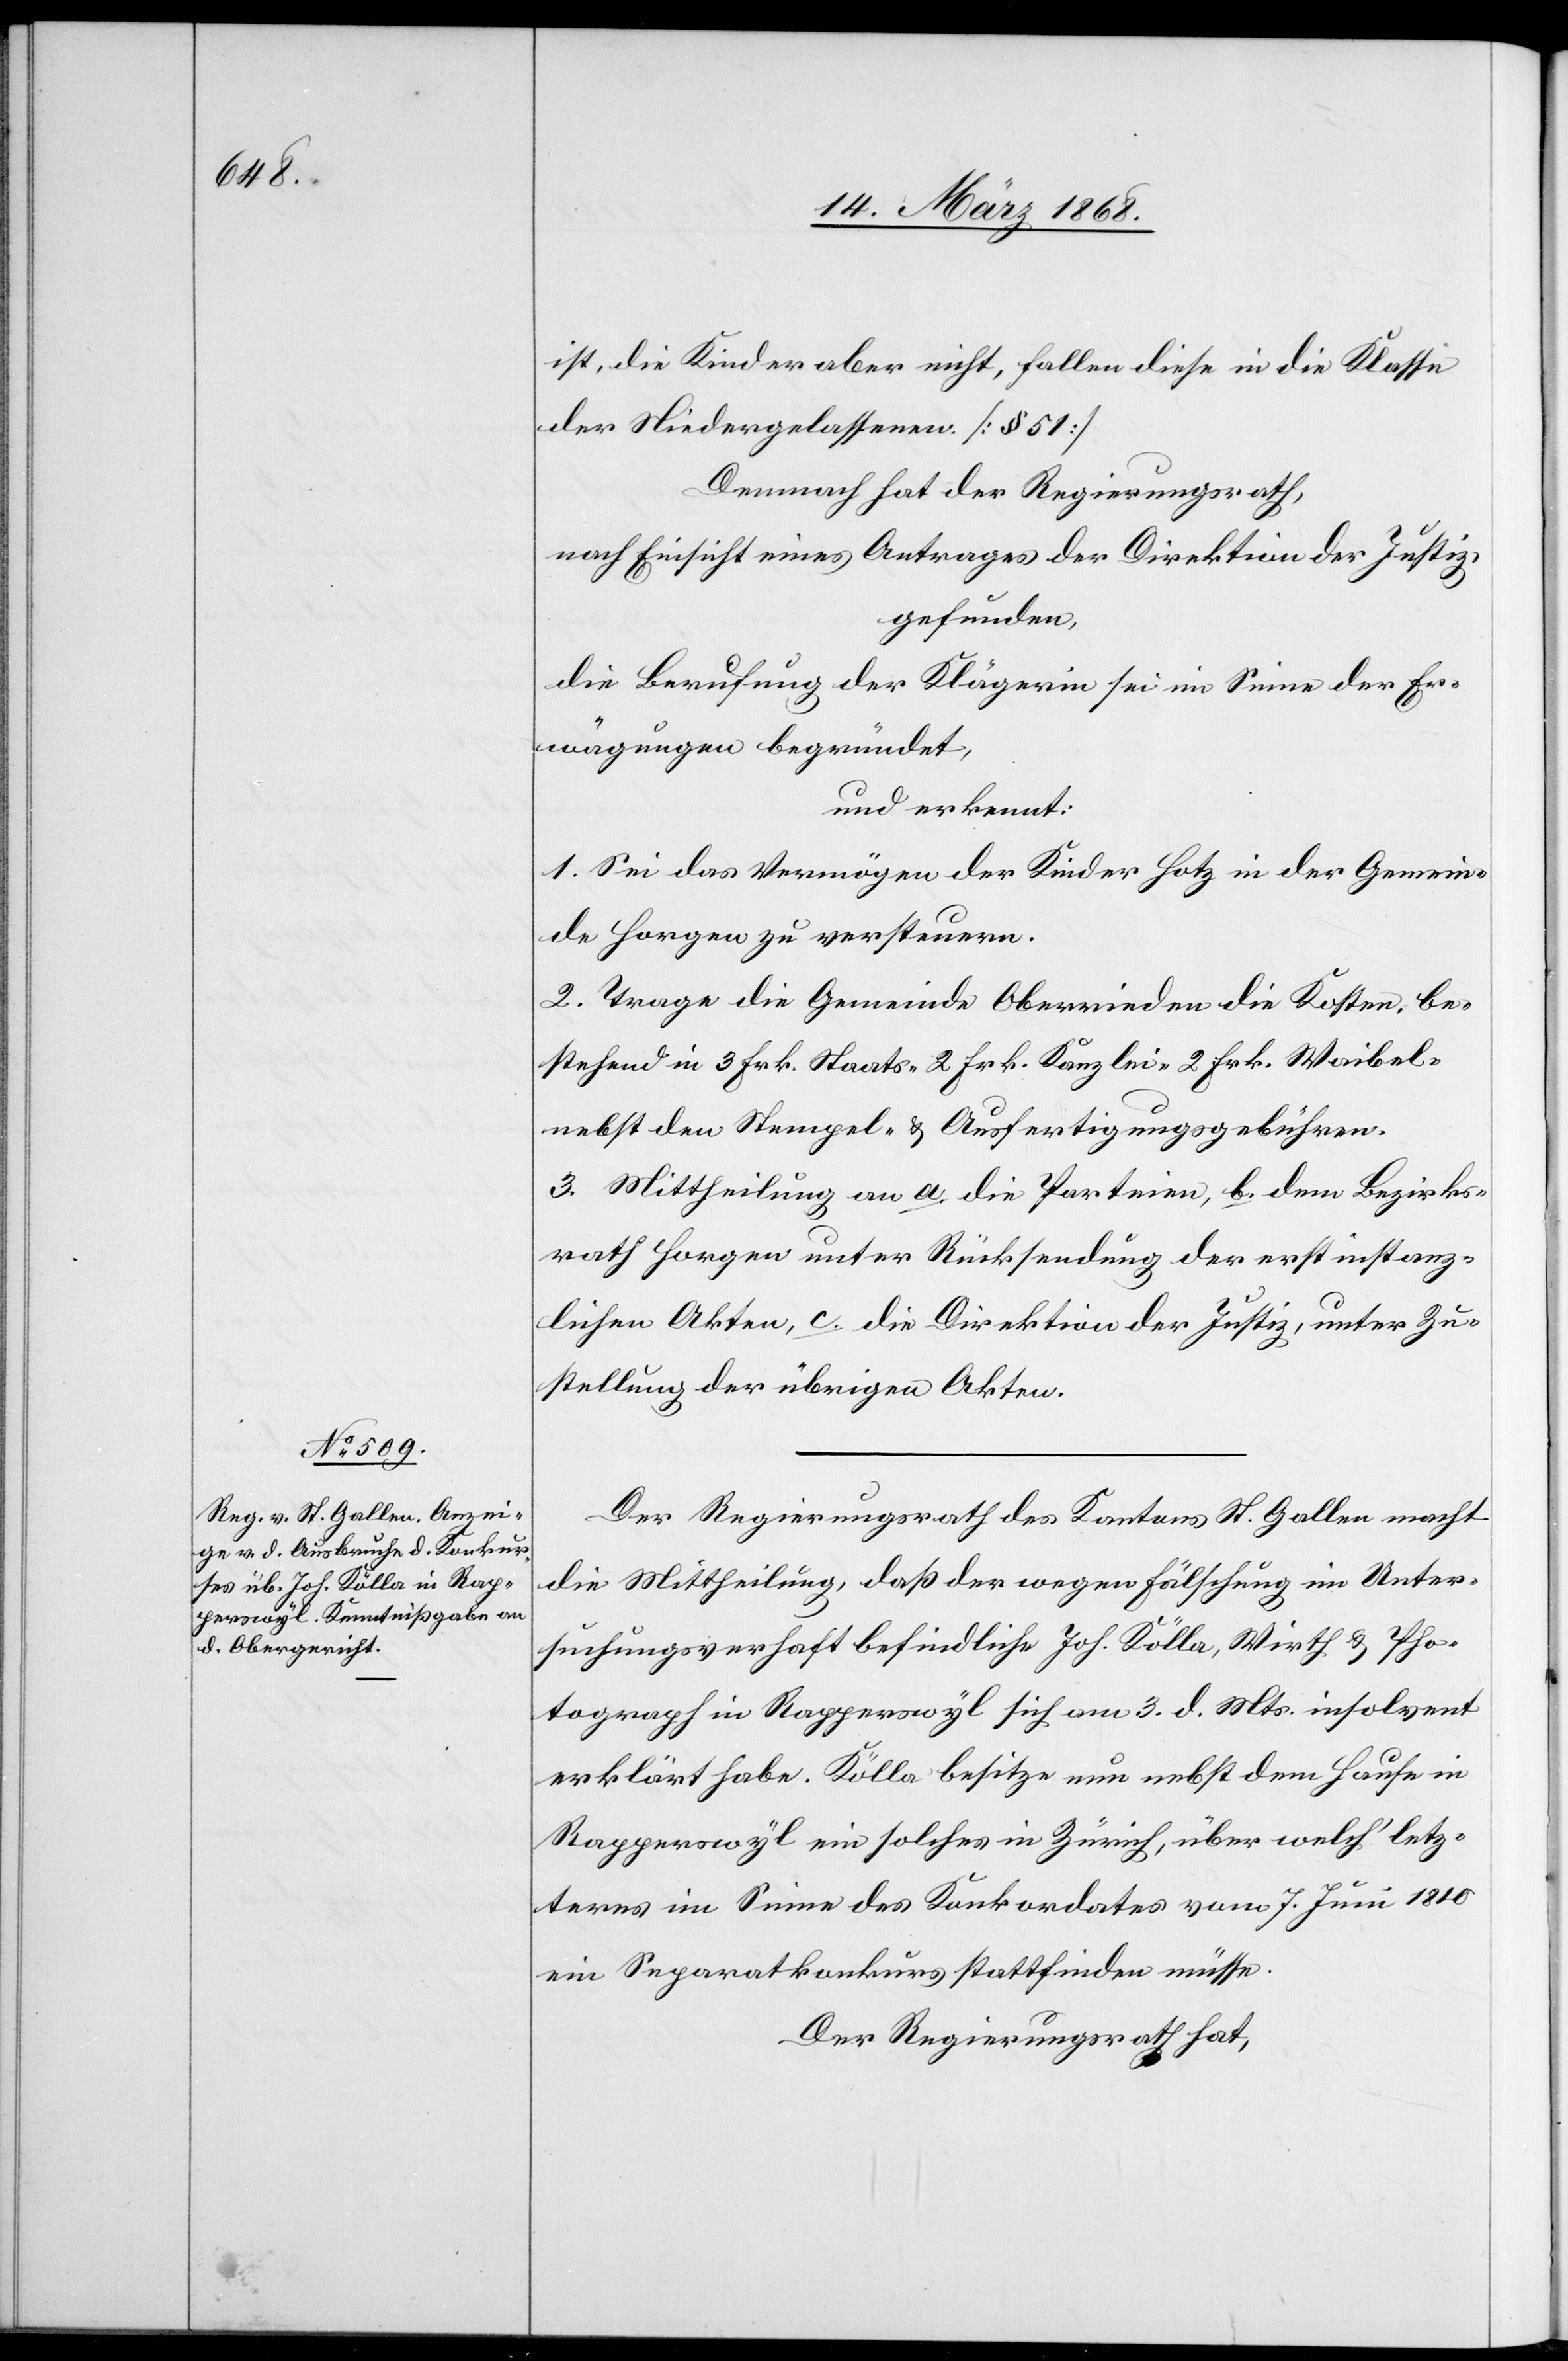
ist, die Kinder aber nicht, fallen diese in die Klasse
der Niedergelassenen. [§ 51]
Demnach hat der Regierungsrath,
nach Einsicht eines Antrages der Direktion der Justiz,
gefunden,
die Berufung der Klägerin sei im Sinne der Er¬
wägungen begründet,
und erkennt:
1. Sei das Vermögen der Kinder Hotz in der Gemein¬
de Horgen zu versteuern.
2. Trage die Gemeinde Oberrieden die Kosten, be¬
stehend in 3 Frk. Staats- 2 Frk. Kanzlei- 2 Frk. Waibel-
nebst den Stempel- & Ausfertigungsgebühren.
3. Mittheilung an a. die Parteien, b. dem [sic!] Bezirks¬
rath Horgen unter Rücksendung der erstinstanz¬
lichen Akten, c. die Direktion der Justiz, unter Zu¬
stellung der übrigen Akten.
Der Regierungsrath des Kantons St. Gallen macht
die Mittheilung, daß der wegen Fälschung im Unter¬
suchungsverhaft befindliche Joh. Kölla, Wirth & Pho¬
tograph in Rapperswyl sich am 3. d. Mts. insolvent
erklärt habe. Kölla besitze nun nebst dem Hause in
Rapperswyl ein solches in Zürich, über welch‘ letz¬
teres im Sinne des Konkordates vom 7. Juni 1810
ein Separatkonkurs stattfinden müsse.
Der Regierungsrath hat,